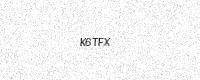
Text: K6TFX